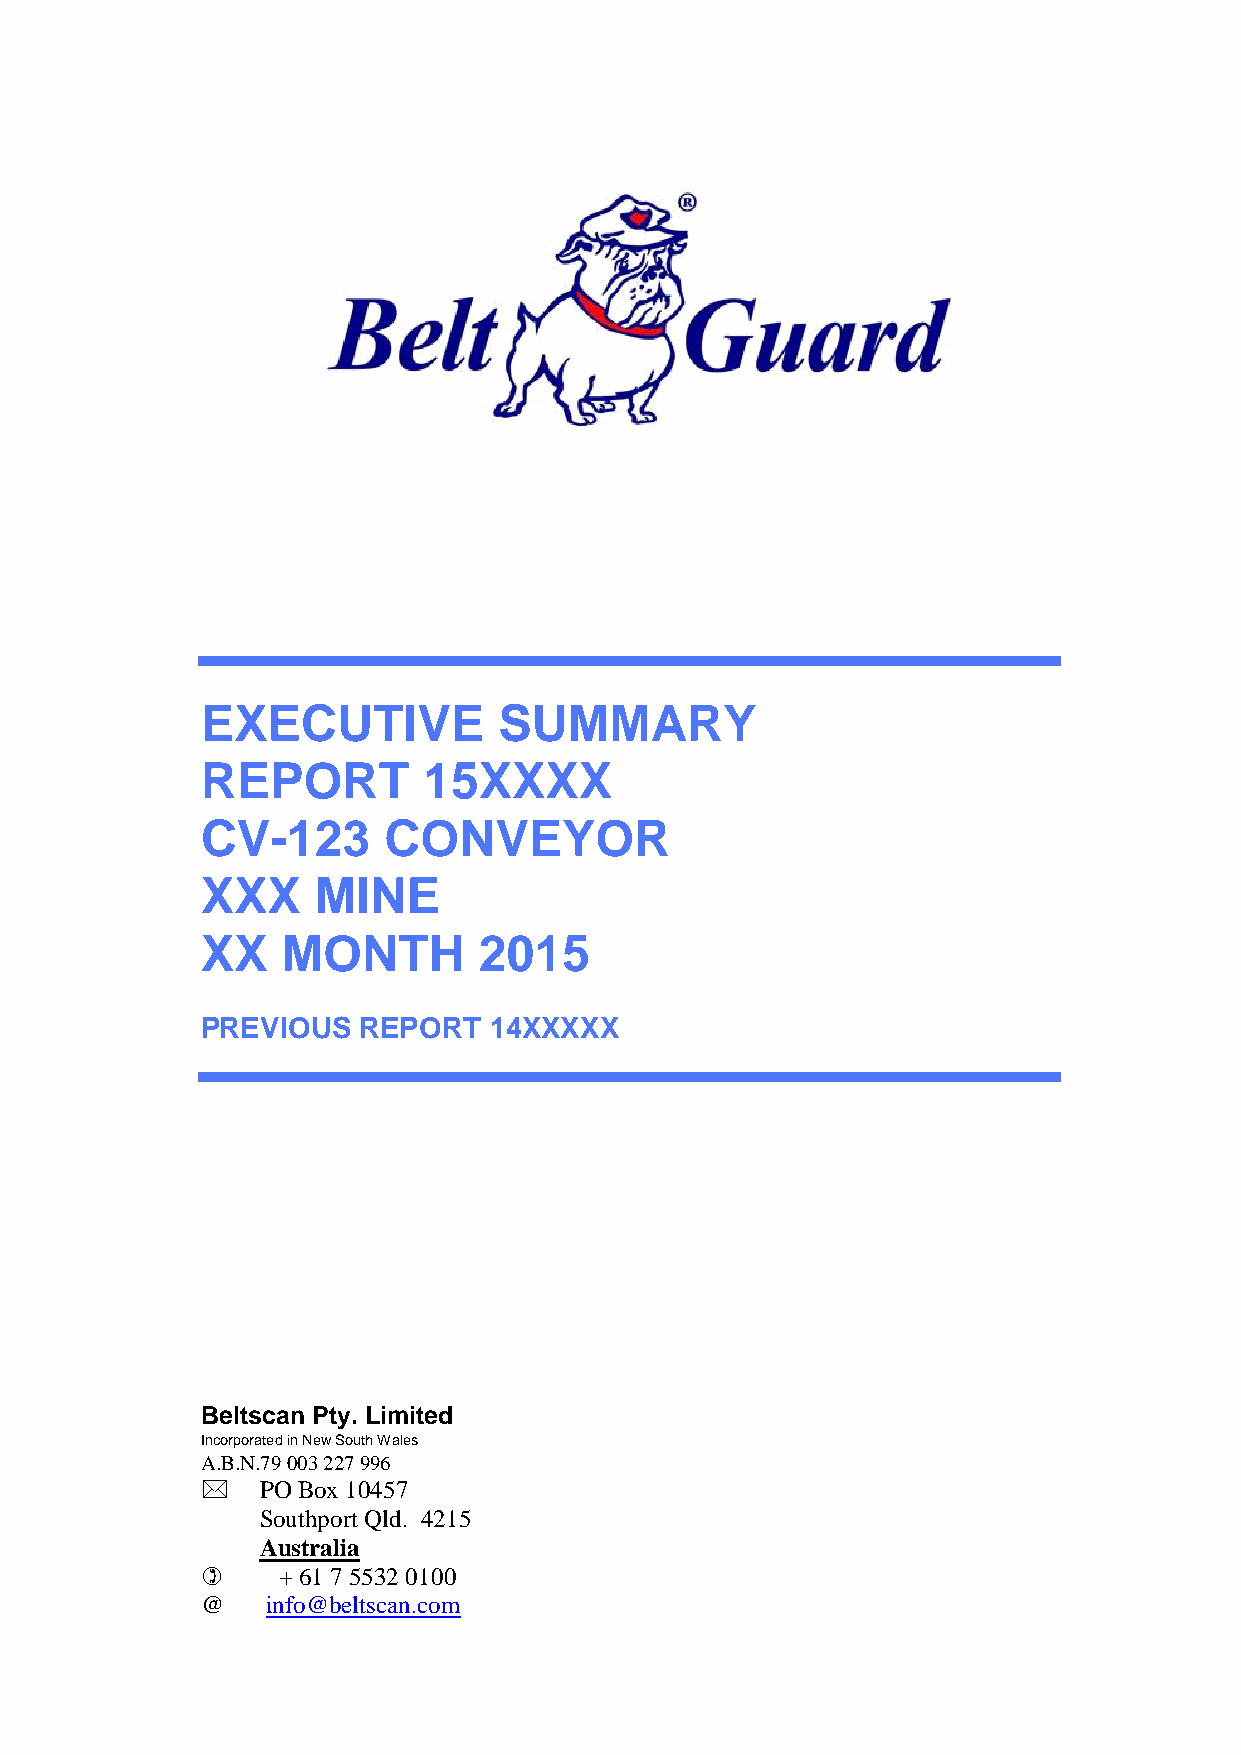
EXECUTIVE           SUMMARY
 REPORT         15XXXX
 CV-123      CONVEYOR
 XXX     MINE
 XX    MONTH        2015
 PREVIOUS   REPORT  14XXXXX
 Beltscan Pty. Limited
 Incorporated in New South Wales
 A.B.N.79 003 227 996
    PO Box 10457
 Southport Qld. 4215
 Australia
     + 61 7 5532 0100
 @    info@beltscan.com